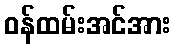
ဝန်ထမ်းအင်အား